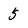
Character: 5